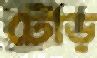
টৌড়